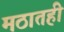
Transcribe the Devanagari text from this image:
मठातही